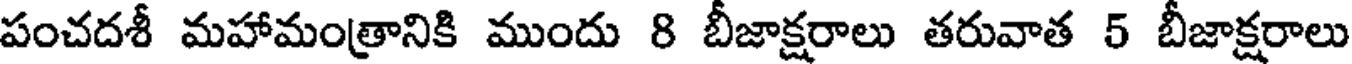
పంచదశీ మహామంత్రానికి ముందు 8 బీజాక్షరాలు తరువాత 5 బీజాక్షరాలు